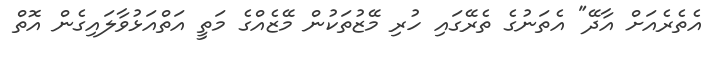
އެތެރެއަށް އާދޭ" އެތަނުގެ ތެރޭގައި ހުރި މޭޒުތަކުން މޭޒެއްގެ މަތީ އަތްއަޅުވާލައިގެން އޮތް